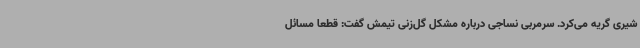
شیری گریه می‌کرد. سرمربی نساجی درباره مشکل گل‌زنی تیمش گفت: قطعا مسائل